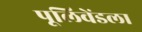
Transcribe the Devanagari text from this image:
पूलिवेंडला